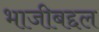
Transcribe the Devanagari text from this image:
भाजीबद्दल